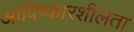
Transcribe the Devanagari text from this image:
आविष्कारशीलता